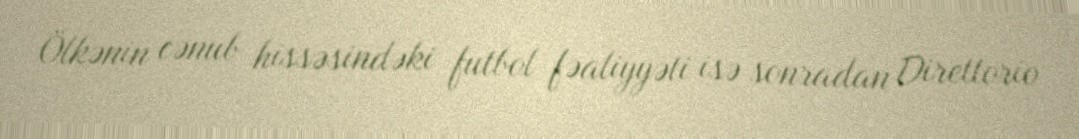
Ölkənin cənub hissəsindəki futbol fəaliyyəti isə sonradan Direttorio